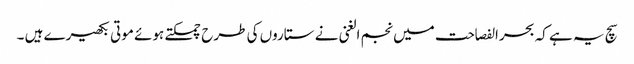
سچ یہ ہے کہ بحرالفصاحت میں نجم الغنی نے ستاروں کی طرح چمکتے ہوئے موتی بکھیرے ہیں ۔